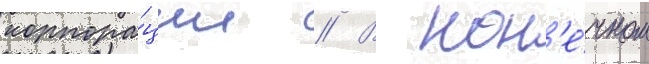
корпора́ции // В кон'е́чном